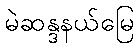
မဲဆန္ဒနယ်မြေ